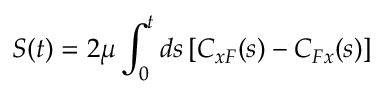
{ \cal S } ( t ) = 2 \mu \int _ { 0 } ^ { t } d s \left[ C _ { x F } ( s ) - C _ { F x } ( s ) \right]